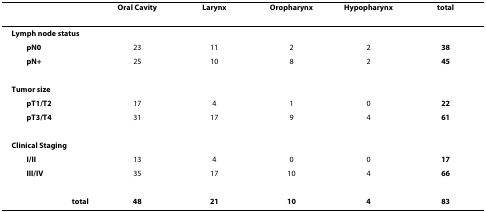
<table><thead><tr><td></td><td><b>Oral Cavity</b></td><td><b>Larynx</b></td><td><b>Oropharynx</b></td><td><b>Hypopharynx</b></td><td><b>total</b></td></tr></thead><tbody><tr><td><b>Lymph node status</b></td><td></td><td></td><td></td><td></td><td></td></tr><tr><td> <b>pN0</b></td><td>23</td><td>11</td><td>2</td><td>2</td><td><b>38</b></td></tr><tr><td> <b>pN+</b></td><td>25</td><td>10</td><td>8</td><td>2</td><td><b>45</b></td></tr><tr><td><b>Tumor size</b></td><td></td><td></td><td></td><td></td><td></td></tr><tr><td> <b>pT1/T2</b></td><td>17</td><td>4</td><td>1</td><td>0</td><td><b>22</b></td></tr><tr><td> <b>pT3/T4</b></td><td>31</td><td>17</td><td>9</td><td>4</td><td><b>61</b></td></tr><tr><td><b>Clinical Staging</b></td><td></td><td></td><td></td><td></td><td></td></tr><tr><td> <b>I/II</b></td><td>13</td><td>4</td><td>0</td><td>0</td><td><b>17</b></td></tr><tr><td> <b>III/IV</b></td><td>35</td><td>17</td><td>10</td><td>4</td><td><b>66</b></td></tr><tr><td><b>total</b></td><td><b>48</b></td><td><b>21</b></td><td><b>10</b></td><td><b>4</b></td><td><b>83</b></td></tr></tbody></table>